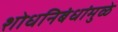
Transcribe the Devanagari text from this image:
शोधनिबंधांमुळे